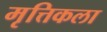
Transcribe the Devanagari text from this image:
मृत्तिकला